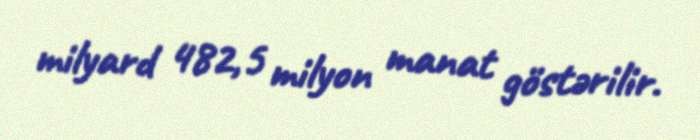
milyard 482,5 milyon manat göstərilir.